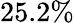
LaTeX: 25.2\%